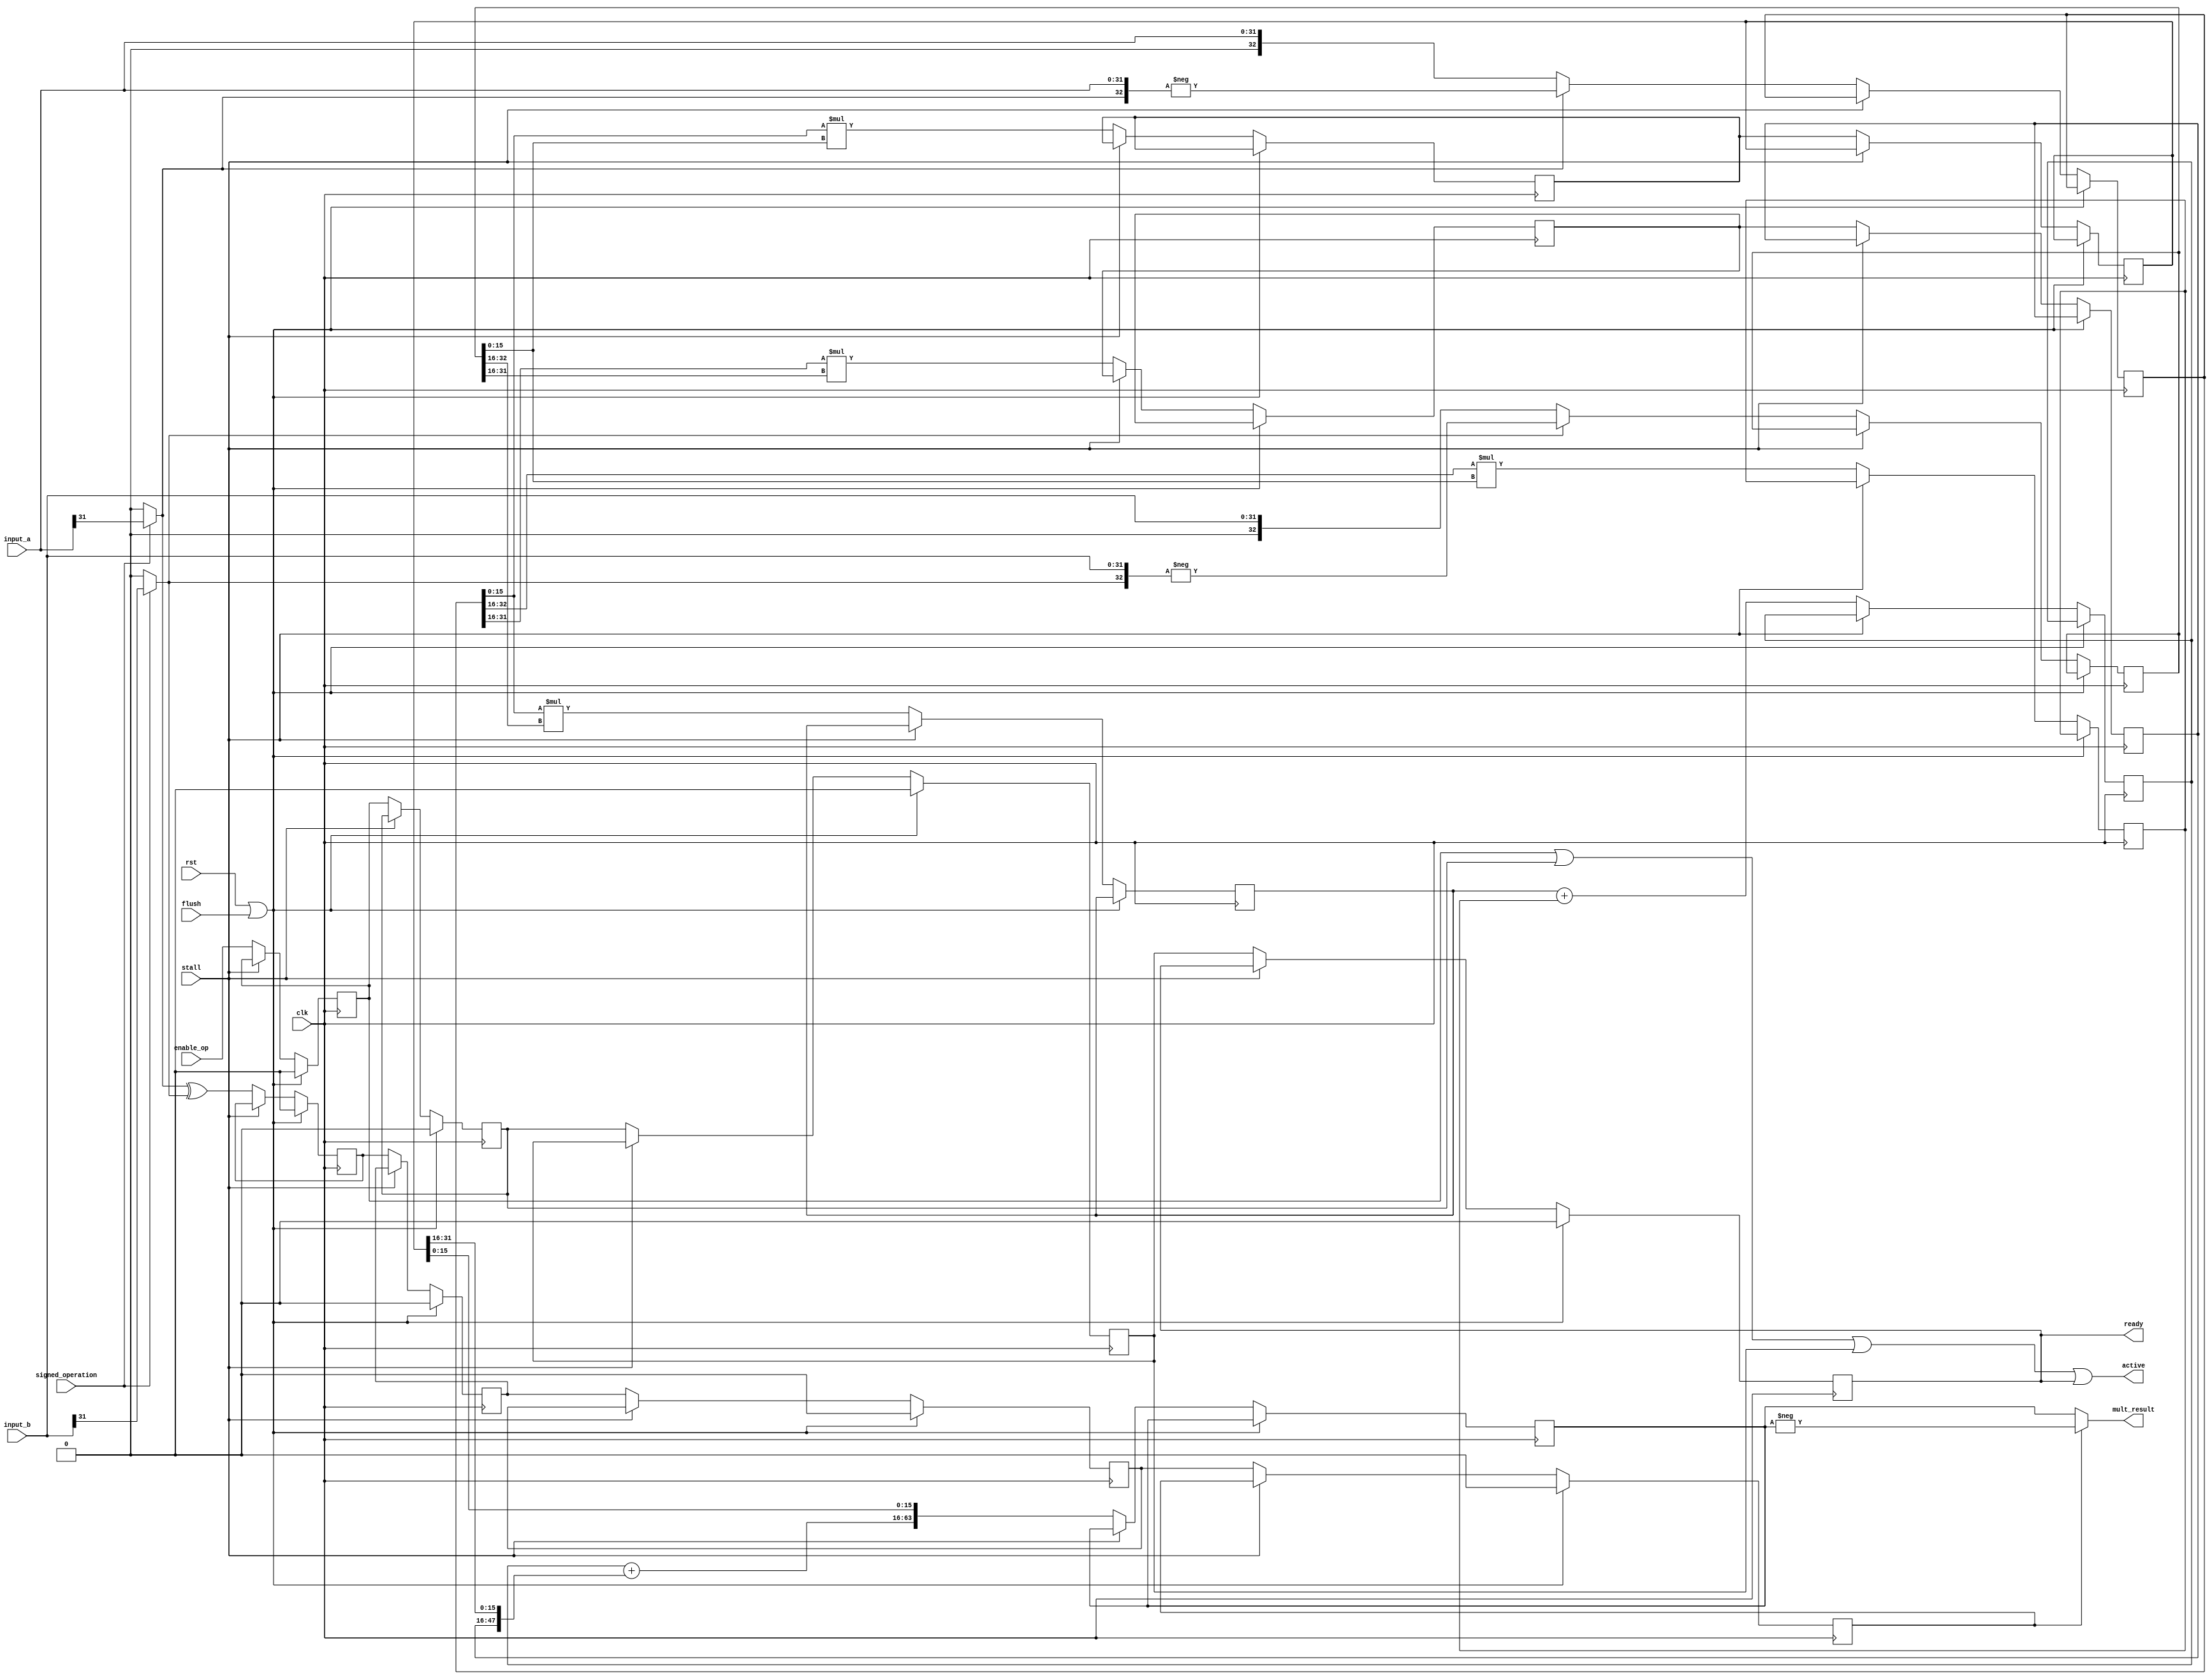
module musb_multiplier(
    input               clk,                
    input               rst,                
    input       [31:0]  input_a,            
    input       [31:0]  input_b,            
    input               signed_operation,   
    input               enable_op,          
    input               stall,              
    input               flush,              
    output      [63:0]  mult_result,        
    output              active,             
    output              ready               
    );
    reg [32:0]  A;
    reg [32:0]  B;
    reg [31:0]  result_ll_0;
    reg [31:0]  result_lh_0;
    reg [31:0]  result_hl_0;
    reg [31:0]  result_hh_0;        
    reg [31:0]  result_ll_1;
    reg [31:0]  result_hh_1;        
    reg [32:0]  result_mid_1;
    reg [63:0]  result_mult;
    reg         active0;            
    reg         active1;
    reg         active2;
    reg         active3;
    reg         sign_result0;
    reg         sign_result1;
    reg         sign_result2;
    reg         sign_result3;
    wire        sign_a;
    wire        sign_b;
    wire [47:0] partial_sum;
    wire [32:0] a_sign_ext;
    wire [32:0] b_sign_ext;
    assign sign_a      = (signed_operation) ? input_a[31] : 1'b0;
    assign sign_b      = (signed_operation) ? input_b[31] : 1'b0;
    assign a_sign_ext  = {sign_a, input_a};
    assign b_sign_ext  = {sign_b, input_b};
    assign partial_sum = {15'b0, result_mid_1} + {result_hh_1[31:0], result_ll_1[31:16]};
    assign mult_result = sign_result3 ? -result_mult : result_mult;                         
    assign ready       = active3;
    assign active      = active0 | active1 | active2 | active3;                             
    always @(posedge clk ) begin
        if (rst | flush) begin
            active0      <= 1'b0;
            active1      <= 1'b0;
            active2      <= 1'b0;
            active3      <= 1'b0;
            sign_result0 <= 1'b0;
            sign_result1 <= 1'b0;
            sign_result2 <= 1'b0;
            sign_result3 <= 1'b0;
        end
        else if(~stall) begin
            A            <= sign_a ? -a_sign_ext : a_sign_ext;
            B            <= sign_b ? -b_sign_ext : b_sign_ext;
            sign_result0 <= sign_a ^ sign_b;
            active0      <= enable_op;
            result_ll_0  <= A[15:0]  *  B[15:0];       
            result_lh_0  <= A[15:0]  *  B[32:16];      
            result_hl_0  <= A[32:16] *  B[15:0];       
            result_hh_0  <= A[31:16] *  B[31:16];      
            sign_result1 <= sign_result0;
            active1      <= active0;
            result_ll_1  <= result_ll_0;
            result_hh_1  <= result_hh_0;
            result_mid_1 <= result_lh_0 + result_hl_0;      
            sign_result2 <= sign_result1;
            active2      <= active1;
            result_mult  <= {partial_sum, result_ll_1[15:0]};
            sign_result3 <= sign_result2;
            active3      <= active2;
        end
    end
endmodule